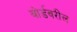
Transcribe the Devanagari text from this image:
बोर्डवरील